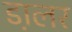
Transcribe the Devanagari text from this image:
डा़लर